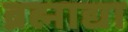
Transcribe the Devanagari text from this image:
ब्रह्माद्या